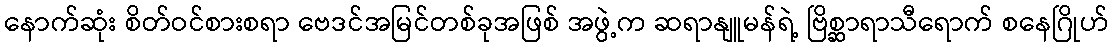
နောက်ဆုံး စိတ်ဝင်စားစရာ ဗေဒင်အမြင်တစ်ခုအဖြစ် အဖွဲ့က ဆရာနျူမန်ရဲ့ ဗြိစ္ဆာရာသီရောက် စနေဂြိုဟ်